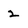
Character: 2